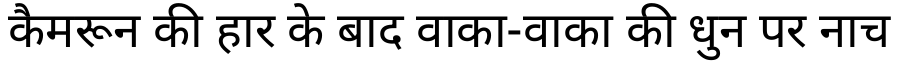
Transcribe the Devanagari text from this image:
कैमरून की हार के बाद वाका-वाका की धुन पर नाच